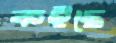
কইছে